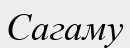
Сагаму